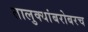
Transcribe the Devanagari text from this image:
तालुक्यांबरोबरच